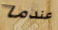
عندما